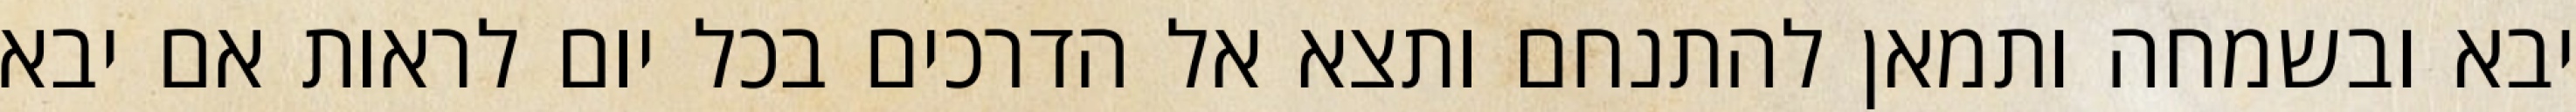
יבא ובשמחה ותמאן להתנחם ותצא אל הדרכים בכל יום לראות אם יבא